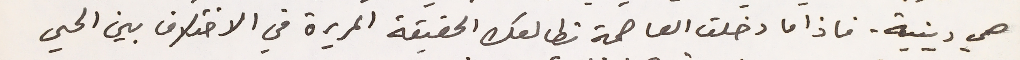
هي دينية. فاذا ما دخلت العاصمة تطالعك الحقيقة المريرة في الاختلاف بين الحي